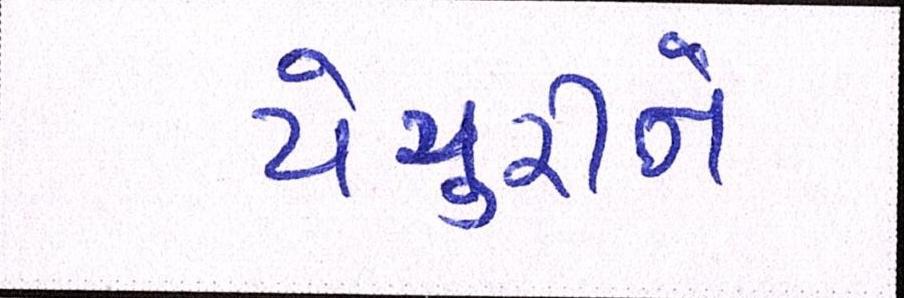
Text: યેચુરીને